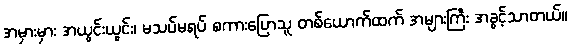
အမှားမှား အယွင်းယွင်း၊ မသပ်မရပ် စကားပြောသူ တစ်ယောက်ထက် အများကြီး အခွင့်သာတယ်။